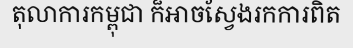
តុលាការកម្ពុជា ក៏អាចស្វែងរកការពិត